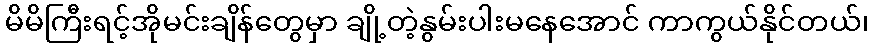
မိမိကြီးရင့်အိုမင်းချိန်တွေမှာ ချို့တဲ့နွမ်းပါးမနေအောင် ကာကွယ်နိုင်တယ်၊